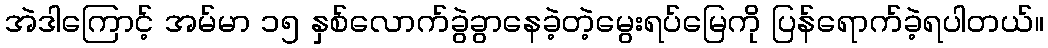
အဲဒါကြောင့် အမ်မာ ၁၅ နှစ်လောက်ခွဲခွာနေခဲ့တဲ့မွေးရပ်မြေကို ပြန်ရောက်ခဲ့ရပါတယ်။